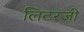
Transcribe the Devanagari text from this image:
लिटरजी